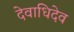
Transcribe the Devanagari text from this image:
देवाधिदेव